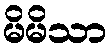
မိမိသာ